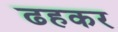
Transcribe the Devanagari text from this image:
ढहकर